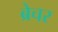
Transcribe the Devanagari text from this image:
ब्रेचर